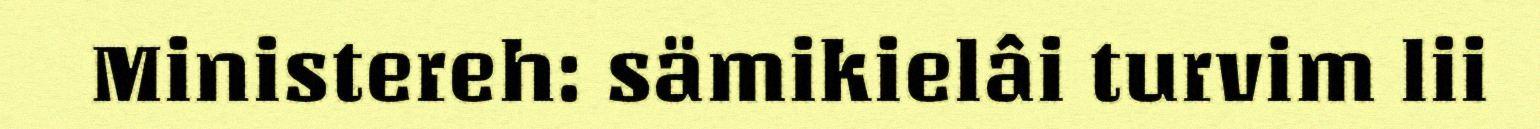
Ministereh: sämikielâi turvim lii